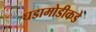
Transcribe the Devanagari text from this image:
घडामोडीकडे